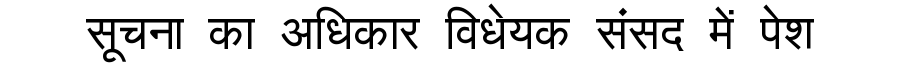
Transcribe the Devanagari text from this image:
सूचना का अधिकार विधेयक संसद में पेश